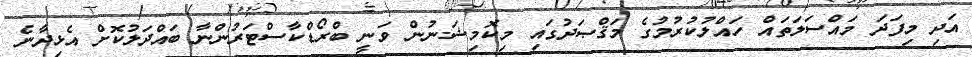
އަދި މިފަދަ މައްސަލަތައް ހައްލުކުރުމުގެ މަޤްޞަދުގައި މިކޮމިޝަނުން ވަނީ ބްރޯޑްކާސްޓަރުންނާ ބައްދަލުކޮށް އެޅިދާނެ